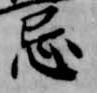
忌